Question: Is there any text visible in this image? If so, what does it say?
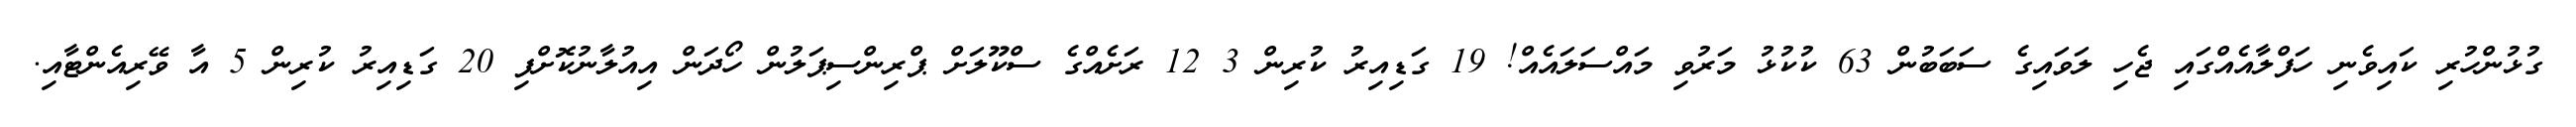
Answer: ގުޅުންހުރި ކައިވެނި ހަފްލާއެއްގައި ޖެހި ލަވައިގެ ސަބަބުން 63 ކުކުޅު މަރުވި މައްސަލައެއް! 19 ގަޑިއިރު ކުރިން 3 12 ރަށެއްގެ ސްކޫލަށް ޕްރިންސިޕަލުން ހޯދަން އިއުލާނުކޮށްފި 20 ގަޑިއިރު ކުރިން 5 އާ ވޭރިއެންޓާއި.